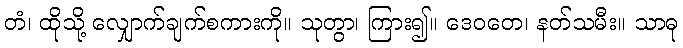
တံ၊ ထိုသို့ လျှောက်ချက်စကားကို။ သုတွာ၊ ကြား၍။ ဒေဝတေ၊ နတ်သမီး။ သာဓု